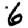
Digit: 6